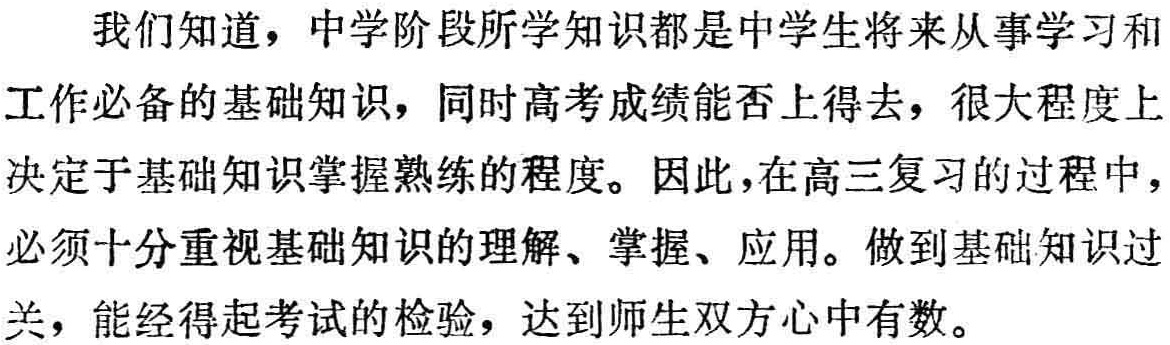
我们知道，中学阶段所学知识都是中学生将来从事学习和工作必备的基础知识，同时高考成绩能否上得去，很大程度上决定于基础知识掌握熟练的程度。因此，在高三复习的过程中，必须十分重视基础知识的理解、掌握、应用。做到基础知识过关，能经得起考试的检验，达到师生双方心中有数。